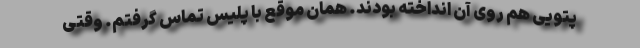
پتویی هم روی آن انداخته بودند. همان موقع با پلیس تماس گرفتم. وقتی